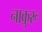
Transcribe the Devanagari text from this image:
नाकुरू